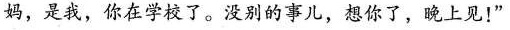
妈，是我，你在学校了。没别的事儿，想你了，晚上见！”